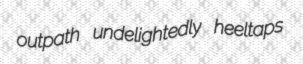
outpath undelightedly heeltaps